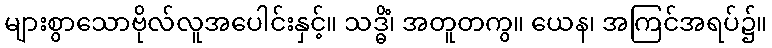
များစွာသောဗိုလ်လူအပေါင်းနှင့်။ သဒ္ဓိံ၊ အတူတကွ။ ယေန၊ အကြင်အရပ်၌။